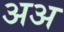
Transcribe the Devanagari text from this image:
अअ